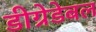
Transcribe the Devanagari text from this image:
डीग्रेडेबल